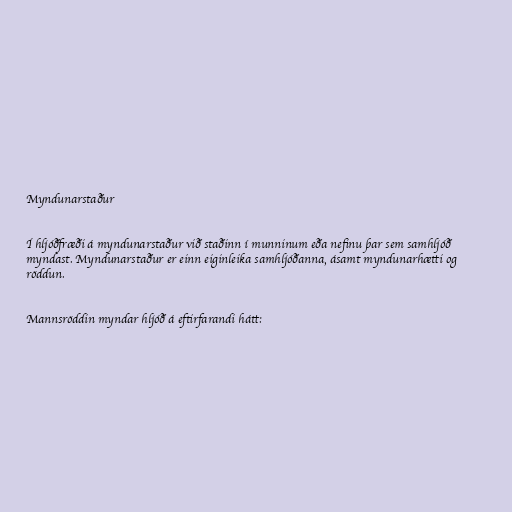
Myndunarstaður

Í hljóðfræði á myndunarstaður við staðinn í munninum eða nefinu þar sem samhljóð
myndast. Myndunarstaður er einn eiginleika samhljóðanna, ásamt myndunarhætti og
röddun.

Mannsröddin myndar hljóð á eftirfarandi hátt: